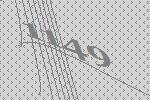
1149